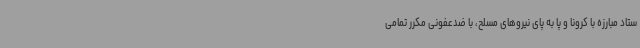
ستاد مبارزه با کرونا و پا به پای نیروهای مسلح، با ضدعفونی مکرر تمامی